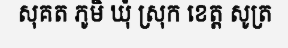
សុគត ភូមិ ឃុំ ស្រុក ខេត្ត សូត្រ